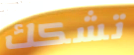
تشكك